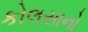
કોલસાનો